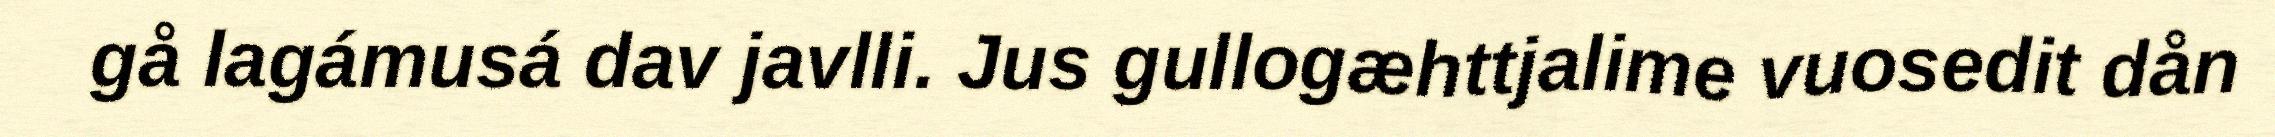
gå lagámusá dav javlli. Jus gullogæhttjalime vuosedit dån